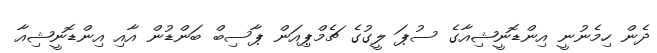
ދެން ހިމެނުނީ އިންޑޮނީޝިއާގެ ސުޕަ ލީގުގެ ޗެމްޕިއަން ޕާސިބް ބަންޑުން އާއި އިންޑޮނީޝިއާ